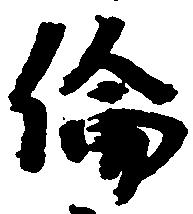
倫